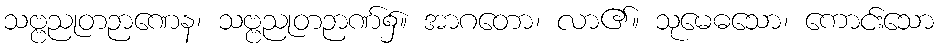
သဗ္ဗညုတဉာဏေန၊ သဗ္ဗညုတဉာဏ်၌။ အာဂတော၊ လာ၏။ သုမေဓသော၊ ကောင်းသော